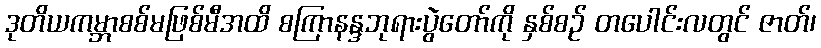
ဒုတိယကမ္ဘာစစ်မဖြစ်မီအထိ စကြာနန္ဒဘုရားပွဲတော်ကို နှစ်စဉ် တပေါင်းလတွင် ဇာတ်၊